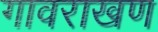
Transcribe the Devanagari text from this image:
गावराखण